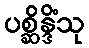
ပစ္ဆိန္ဒိံသု